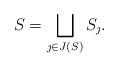
LaTeX: \begin{align*}S= \bigsqcup_{\jmath\in J(S)} S_\jmath. \end{align*}